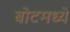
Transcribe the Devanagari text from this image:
बोटमध्ये